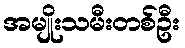
အမျိုးသမီးတစ်ဦး